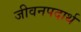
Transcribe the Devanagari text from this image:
जीवनपदार्थ